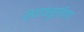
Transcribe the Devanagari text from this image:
न्यायमूर्तिगण